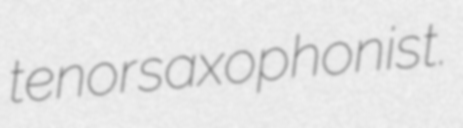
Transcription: tenor saxophonist.